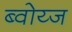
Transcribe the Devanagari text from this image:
ब्वोय्ज